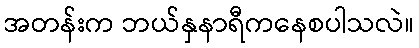
အတန်းက ဘယ်နှနာရီကနေစပါသလဲ။